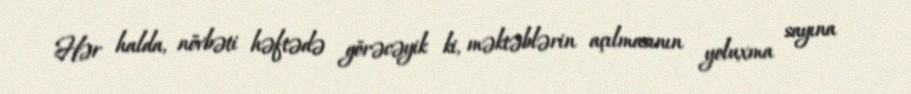
Hər halda, növbəti həftədə görəcəyik ki, məktəblərin açılmasının yoluxma sayına